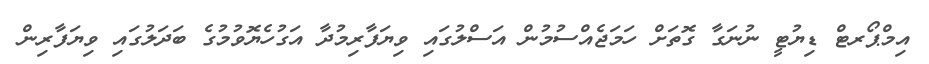
އިމްޕޯރޓް ޑިޔުޓީ ނުނަގާ ގޮތަށް ހަމަޖެއްސުމުން އަސްލުގައި ވިޔަފާރިމުދާ އަގުހެޔޮވުމުގެ ބަދަލުގައި ވިޔަފާރިން